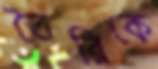
তৈরিকে